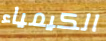
الكيمياء